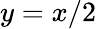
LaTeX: y=x/2